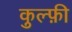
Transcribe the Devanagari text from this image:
कुल्फ़ी